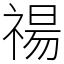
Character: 禓